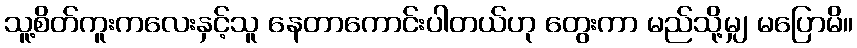
သူ့စိတ်ကူးကလေးနှင့်သူ နေတာကောင်းပါတယ်ဟု တွေးကာ မည်သို့မျှ မပြောမိ။